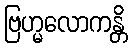
ဗြဟ္မလောကန္တိ